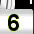
Digit: 6